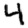
Digit: 4